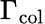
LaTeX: \Gamma_{\mathrm{col}}